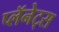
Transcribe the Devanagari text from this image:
प्लॅनेट्स